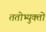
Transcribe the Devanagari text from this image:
ततोभ्युक्तो